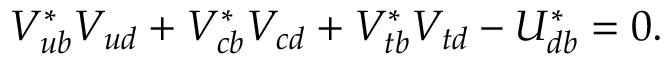
V _ { u b } ^ { * } V _ { u d } + V _ { c b } ^ { * } V _ { c d } + V _ { t b } ^ { * } V _ { t d } - U _ { d b } ^ { * } = 0 .